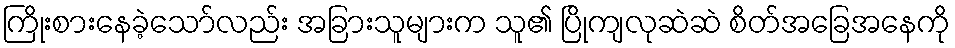
ကြိုးစားနေခဲ့သော်လည်း အခြားသူများက သူ၏ ပြိုကျလုဆဲဆဲ စိတ်အခြေအနေကို